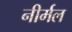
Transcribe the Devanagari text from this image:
नीर्मल